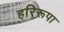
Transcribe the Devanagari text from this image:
हरिरूपा